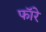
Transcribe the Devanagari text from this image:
फॉरे